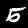
Label: 5